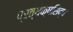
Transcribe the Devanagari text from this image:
प्रत्यक्षसिद्ध